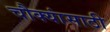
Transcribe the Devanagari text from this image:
चौक्यांसाठी